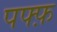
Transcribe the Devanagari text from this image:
पफ्फ़